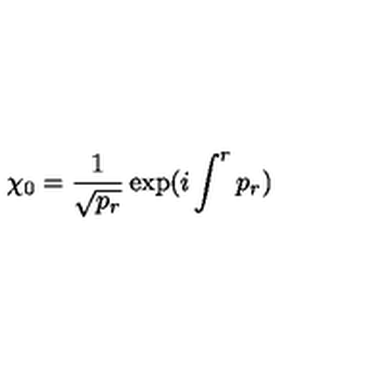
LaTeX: \chi _ { 0 } = { \frac { 1 } { \sqrt { p _ { r } } } } \exp ( i \int ^ { r } p _ { r } )